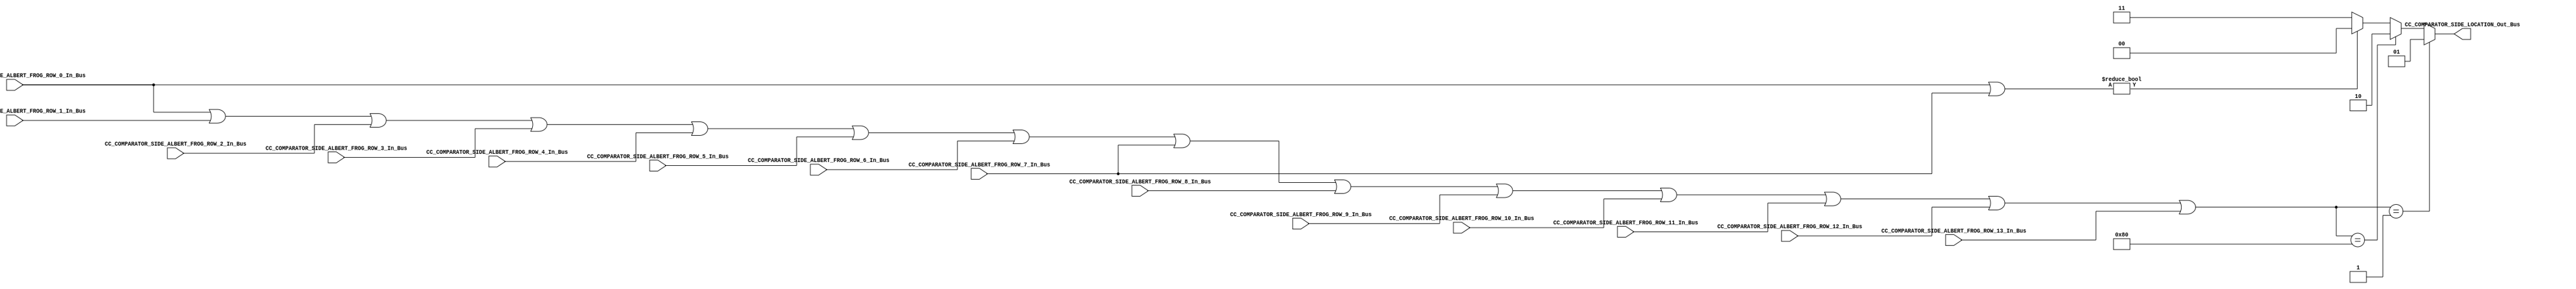
/*######################################################################
//#	G0B1T: HDL EXAMPLES. 2018.
//######################################################################
//# Copyright (C) 2018. F.E.Segura-Quijano (FES) fsegura@uniandes.edu.co
//# 
//# This program is free software: you can redistribute it and/or modify
//# it under the terms of the GNU General Public License as published by
//# the Free Software Foundation, version 3 of the License.
//#
//# This program is distributed in the hope that it will be useful,
//# but WITHOUT ANY WARRANTY; without even the implied warranty of
//# MERCHANTABILITY or FITNESS FOR A PARTICULAR PURPOSE.  See the
//# GNU General Public License for more details.
//#
//# You should have received a copy of the GNU General Public License
//# along with this program.  If not, see <http://www.gnu.org/licenses/>
//####################################################################*/
//=======================================================
//  MODULE Definition
//=======================================================
module CC_COMPARATOR_SIDE #(parameter DATAWIDTH_BUS=8)(
//////////// OUTPUTS //////////
	CC_COMPARATOR_SIDE_LOCATION_Out_Bus,
//////////// INPUTS //////////
	CC_COMPARATOR_SIDE_ALBERT_FROG_ROW_0_In_Bus,
	CC_COMPARATOR_SIDE_ALBERT_FROG_ROW_1_In_Bus,
	CC_COMPARATOR_SIDE_ALBERT_FROG_ROW_2_In_Bus,
	CC_COMPARATOR_SIDE_ALBERT_FROG_ROW_3_In_Bus,
	CC_COMPARATOR_SIDE_ALBERT_FROG_ROW_4_In_Bus,
	CC_COMPARATOR_SIDE_ALBERT_FROG_ROW_5_In_Bus,
	CC_COMPARATOR_SIDE_ALBERT_FROG_ROW_6_In_Bus,
	CC_COMPARATOR_SIDE_ALBERT_FROG_ROW_7_In_Bus,
	CC_COMPARATOR_SIDE_ALBERT_FROG_ROW_8_In_Bus,
	CC_COMPARATOR_SIDE_ALBERT_FROG_ROW_9_In_Bus,
	CC_COMPARATOR_SIDE_ALBERT_FROG_ROW_10_In_Bus,
	CC_COMPARATOR_SIDE_ALBERT_FROG_ROW_11_In_Bus,
	CC_COMPARATOR_SIDE_ALBERT_FROG_ROW_12_In_Bus,
	CC_COMPARATOR_SIDE_ALBERT_FROG_ROW_13_In_Bus
);
//=======================================================
//  PARAMETER declarations
//=======================================================
//=======================================================
//  PORT declarations
//=======================================================

output	reg [1:0] CC_COMPARATOR_SIDE_LOCATION_Out_Bus;
input 	[DATAWIDTH_BUS-1:0] CC_COMPARATOR_SIDE_ALBERT_FROG_ROW_0_In_Bus;
input 	[DATAWIDTH_BUS-1:0] CC_COMPARATOR_SIDE_ALBERT_FROG_ROW_1_In_Bus;
input 	[DATAWIDTH_BUS-1:0] CC_COMPARATOR_SIDE_ALBERT_FROG_ROW_2_In_Bus;
input 	[DATAWIDTH_BUS-1:0] CC_COMPARATOR_SIDE_ALBERT_FROG_ROW_3_In_Bus;
input 	[DATAWIDTH_BUS-1:0] CC_COMPARATOR_SIDE_ALBERT_FROG_ROW_4_In_Bus;
input 	[DATAWIDTH_BUS-1:0] CC_COMPARATOR_SIDE_ALBERT_FROG_ROW_5_In_Bus;
input 	[DATAWIDTH_BUS-1:0] CC_COMPARATOR_SIDE_ALBERT_FROG_ROW_6_In_Bus;
input 	[DATAWIDTH_BUS-1:0] CC_COMPARATOR_SIDE_ALBERT_FROG_ROW_7_In_Bus;
input 	[DATAWIDTH_BUS-1:0] CC_COMPARATOR_SIDE_ALBERT_FROG_ROW_8_In_Bus;
input 	[DATAWIDTH_BUS-1:0] CC_COMPARATOR_SIDE_ALBERT_FROG_ROW_9_In_Bus;
input 	[DATAWIDTH_BUS-1:0] CC_COMPARATOR_SIDE_ALBERT_FROG_ROW_10_In_Bus;
input 	[DATAWIDTH_BUS-1:0] CC_COMPARATOR_SIDE_ALBERT_FROG_ROW_11_In_Bus;
input 	[DATAWIDTH_BUS-1:0] CC_COMPARATOR_SIDE_ALBERT_FROG_ROW_12_In_Bus;
input 	[DATAWIDTH_BUS-1:0] CC_COMPARATOR_SIDE_ALBERT_FROG_ROW_13_In_Bus;


//=======================================================
//  REG/WIRE declarations
//=======================================================
//=======================================================
//  Structural coding
//=======================================================
always @(*)
begin
	if ((CC_COMPARATOR_SIDE_ALBERT_FROG_ROW_0_In_Bus | CC_COMPARATOR_SIDE_ALBERT_FROG_ROW_1_In_Bus | CC_COMPARATOR_SIDE_ALBERT_FROG_ROW_2_In_Bus | CC_COMPARATOR_SIDE_ALBERT_FROG_ROW_3_In_Bus | CC_COMPARATOR_SIDE_ALBERT_FROG_ROW_4_In_Bus | CC_COMPARATOR_SIDE_ALBERT_FROG_ROW_5_In_Bus | CC_COMPARATOR_SIDE_ALBERT_FROG_ROW_6_In_Bus | CC_COMPARATOR_SIDE_ALBERT_FROG_ROW_7_In_Bus | CC_COMPARATOR_SIDE_ALBERT_FROG_ROW_8_In_Bus | CC_COMPARATOR_SIDE_ALBERT_FROG_ROW_9_In_Bus | CC_COMPARATOR_SIDE_ALBERT_FROG_ROW_10_In_Bus | CC_COMPARATOR_SIDE_ALBERT_FROG_ROW_11_In_Bus | CC_COMPARATOR_SIDE_ALBERT_FROG_ROW_12_In_Bus | CC_COMPARATOR_SIDE_ALBERT_FROG_ROW_13_In_Bus) == 8'b00000001)
		CC_COMPARATOR_SIDE_LOCATION_Out_Bus = 2'b01;
	else if ((CC_COMPARATOR_SIDE_ALBERT_FROG_ROW_0_In_Bus | CC_COMPARATOR_SIDE_ALBERT_FROG_ROW_1_In_Bus | CC_COMPARATOR_SIDE_ALBERT_FROG_ROW_2_In_Bus | CC_COMPARATOR_SIDE_ALBERT_FROG_ROW_3_In_Bus | CC_COMPARATOR_SIDE_ALBERT_FROG_ROW_4_In_Bus | CC_COMPARATOR_SIDE_ALBERT_FROG_ROW_5_In_Bus | CC_COMPARATOR_SIDE_ALBERT_FROG_ROW_6_In_Bus | CC_COMPARATOR_SIDE_ALBERT_FROG_ROW_7_In_Bus | CC_COMPARATOR_SIDE_ALBERT_FROG_ROW_8_In_Bus | CC_COMPARATOR_SIDE_ALBERT_FROG_ROW_9_In_Bus | CC_COMPARATOR_SIDE_ALBERT_FROG_ROW_10_In_Bus | CC_COMPARATOR_SIDE_ALBERT_FROG_ROW_11_In_Bus | CC_COMPARATOR_SIDE_ALBERT_FROG_ROW_12_In_Bus | CC_COMPARATOR_SIDE_ALBERT_FROG_ROW_13_In_Bus) == 8'b10000000)
		CC_COMPARATOR_SIDE_LOCATION_Out_Bus = 2'b10;
	else if ((CC_COMPARATOR_SIDE_ALBERT_FROG_ROW_0_In_Bus | CC_COMPARATOR_SIDE_ALBERT_FROG_ROW_7_In_Bus) != 8'b00000000)
		CC_COMPARATOR_SIDE_LOCATION_Out_Bus = 2'b00;
	else
		CC_COMPARATOR_SIDE_LOCATION_Out_Bus = 2'b11;
		
end

endmodule